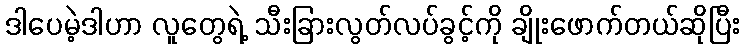
ဒါပေမဲ့ဒါဟာ လူတွေရဲ့ သီးခြားလွတ်လပ်ခွင့်ကို ချိုးဖောက်တယ်ဆိုပြီး